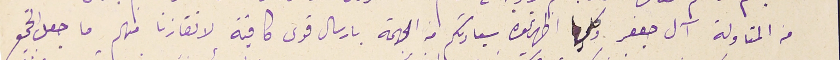
من المتاولة آل جعفر وكلما اظهرتموه سيادتكم من الهجمة بارسال قوى كافية لانقاذنا منهم ما جعل الجميع